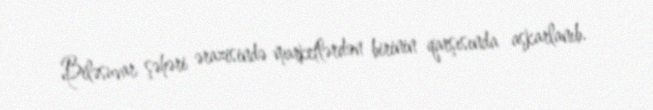
Biləsuvar şəhəri ərazisində marketlərdən birinin qarşısında aşkarlanıb.